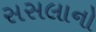
સસલાનો